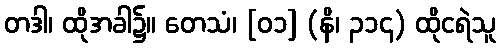
တဒါ၊ ထိုအခါ၌။ တေသံ၊ [၀၁] (နိ၊ ၃၁၄) ထိုငရဲသူ